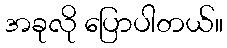
အခုလို ပြောပါတယ်။